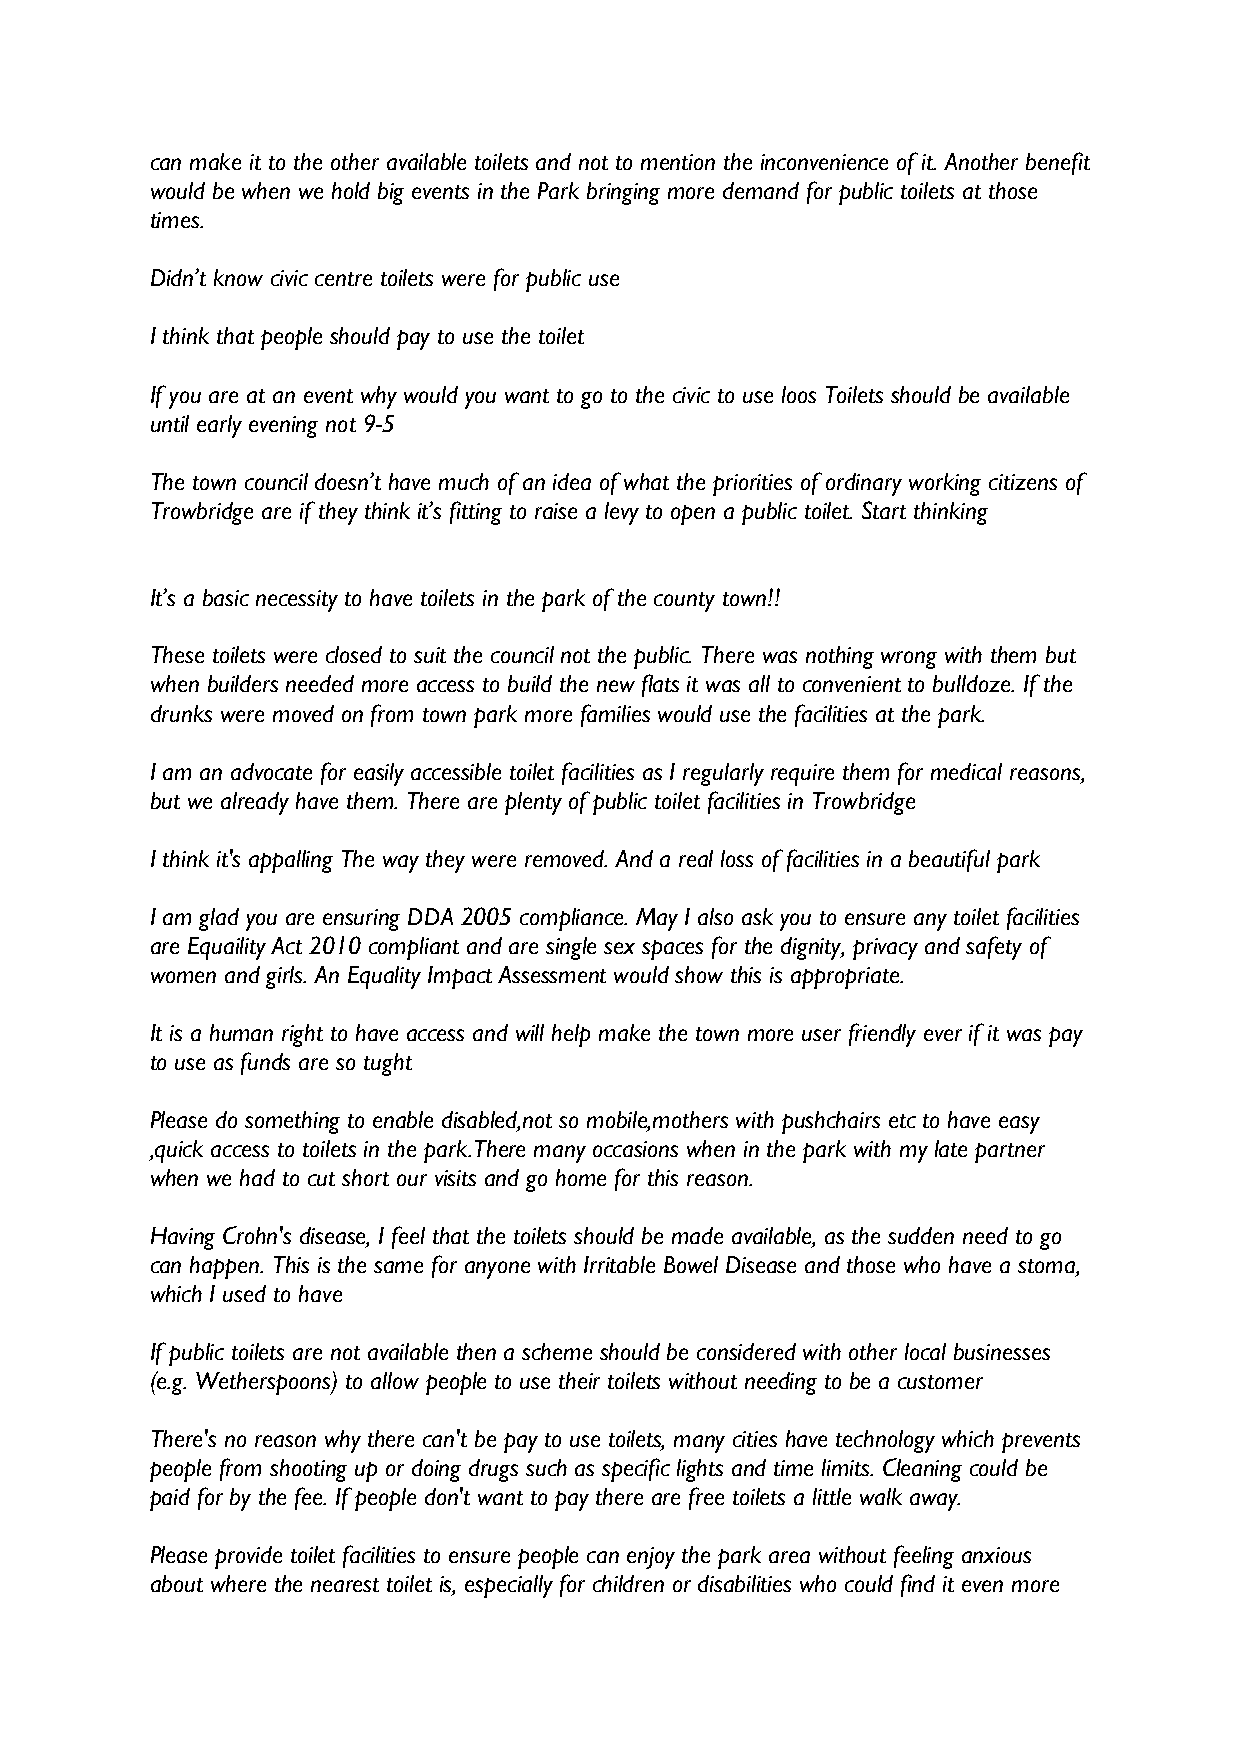
can make it to the other available toilets and not to mention the inconvenience of it. Another benefit
 would be when we hold big events in the Park bringing more demand for public toilets at those
 times.
 Didn’t know civic centre toilets were for public use
 I think that people should pay to use the toilet
 If you are at an event why would you want to go to the civic to use loos Toilets should be available
 until early evening not 9-5
 The town council doesn’t have much of an idea of what the priorities of ordinary working citizens of
 Trowbridge are if they think it’s fitting to raise a levy to open a public toilet. Start thinking
 It’s a basic necessity to have toilets in the park of the county town!!
 These toilets were closed to suit the council not the public. There was nothing wrong with them but
 when builders needed more access to build the new flats it was all to convenient to bulldoze. If the
 drunks were moved on from town park more families would use the facilities at the park.
 I am an advocate for easily accessible toilet facilities as I regularly require them for medical reasons,
 but we already have them. There are plenty of public toilet facilities in Trowbridge
 I think it's appalling The way they were removed. And a real loss of facilities in a beautiful park
 I am glad you are ensuring DDA 2005 compliance. May I also ask you to ensure any toilet facilities
 are Equaility Act 2010 compliant and are single sex spaces for the dignity, privacy and safety of
 women and girls. An Equality Impact Assessment would show this is appropriate.
 It is a human right to have access and will help make the town more user friendly ever if it was pay
 to use as funds are so tught
 Please do something to enable disabled,not so mobile,mothers with pushchairs etc to have easy
 ,quick access to toilets in the park.There many occasions when in the park with my late partner
 when we had to cut short our visits and go home for this reason.
 Having Crohn's disease, I feel that the toilets should be made available, as the sudden need to go
 can happen. This is the same for anyone with Irritable Bowel Disease and those who have a stoma,
 which I used to have
 If public toilets are not available then a scheme should be considered with other local businesses
 (e.g. Wetherspoons) to allow people to use their toilets without needing to be a customer
 There's no reason why there can't be pay to use toilets, many cities have technology which prevents
 people from shooting up or doing drugs such as specific lights and time limits. Cleaning could be
 paid for by the fee. If people don't want to pay there are free toilets a little walk away.
 Please provide toilet facilities to ensure people can enjoy the park area without feeling anxious
 about where the nearest toilet is, especially for children or disabilities who could find it even more